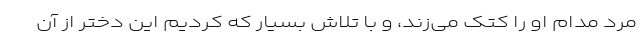
مرد مدام او را کتک می‌زند، و با تلاش بسیار که کردیم این دختر از آن